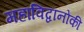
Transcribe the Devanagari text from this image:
महाविद्वानोंकी